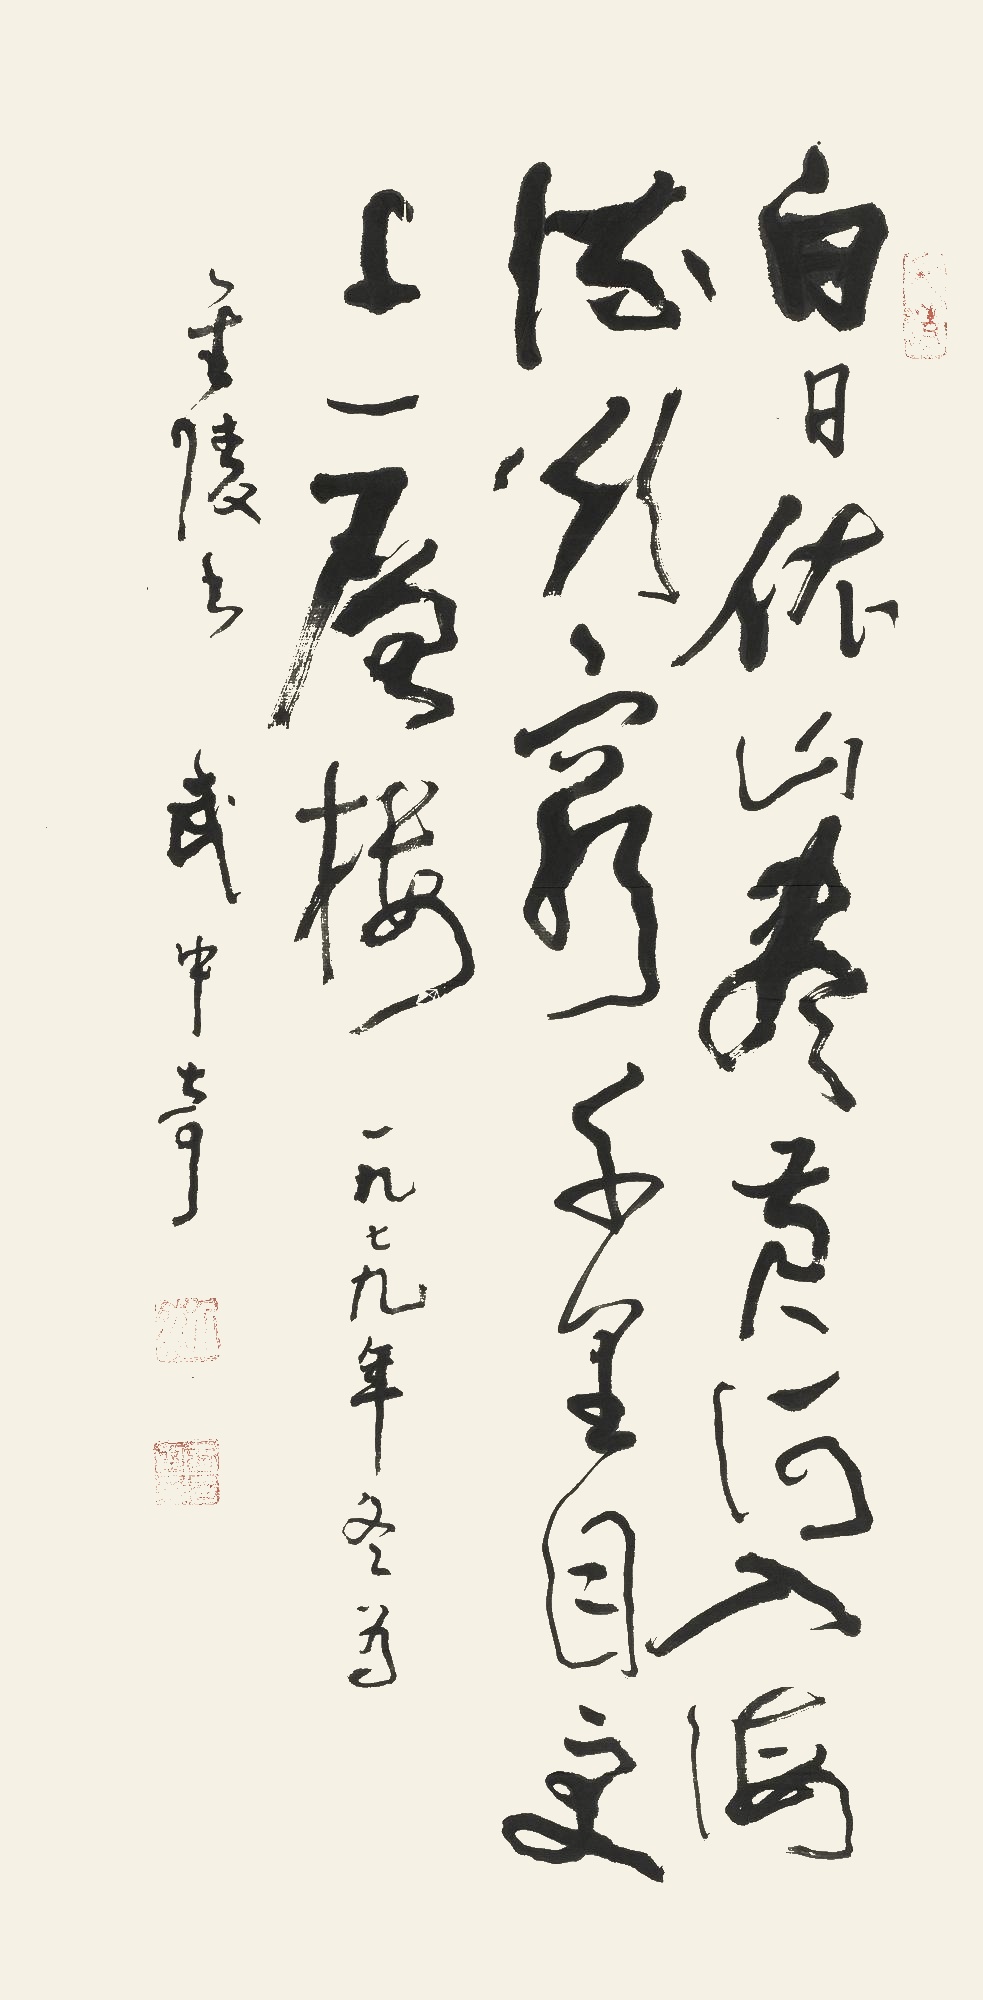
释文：白日依山尽，黄河入海流。欲穷千里目，更上一层楼。一九七九年冬为金陵书，武中奇。